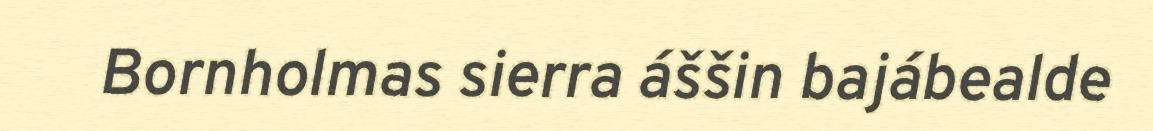
Bornholmas sierra áššin bajábealde